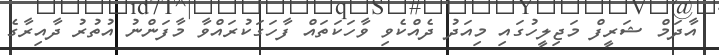
އާދަމް ޝަރީފް މަޖިލީހުގައި މިއަދު ދެއްކެވި ވާހަކަތައް ފާހަގަކުރައްވާ މާފަންނު އުތުރު ދާއިރާގެ